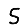
Digit: 5